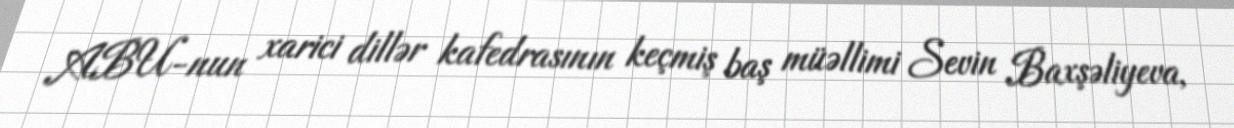
ABU-nun xarici dillər kafedrasının keçmiş baş müəllimi Sevin Baxşəliyeva,